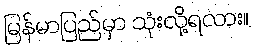
မြန်မာပြည်မှာ သုံးလို့ရလား။